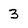
Character: 3